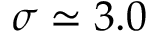
\sigma \simeq 3 . 0